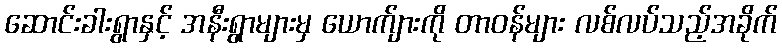
ဆောင်းခါးရွာနှင့် အနီးရွာများမှ ယောက်ျားကို တာဝန်များ လစ်လပ်သည့်အခိုက်